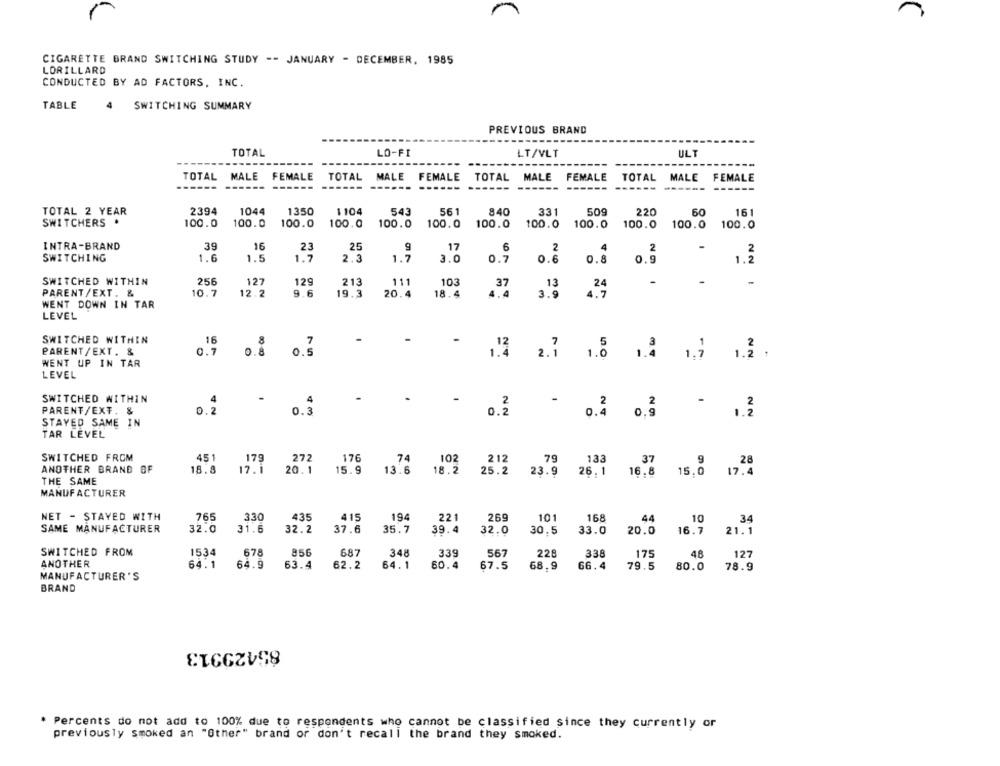
CIGARETTE BRAND SWITCHING STUDY -- JANUARY - DECEMBER. 1985
LORILLARD
CONDUCTED BY AD FACTORS, INC.
TABLE
SWITCHING SUMMARY
PREVIOUS BRAND
TOTAL
LO-FI
LT/VLT
ULT
TOTAL MALE
FEMALE
TOTAL
MALE FEMALE
TOTAL MALE
FEMALE
TOTAL
MALE
FEMALE
---
---
-----
------ ------ ------
------
------
---
TOTAL 2 YEAR
2394
1044
1350
1104
543
561
840
331
509
220
60
161
SWI TCHERS
100.0
100.0
100.0
100.0
100.0
100.0
100.0
100.0
100.0
100.0
100.0
100.0
INTRA-BRAND
39
16
23
25
9
17
6
4
2
2
2
SWITCHING
1.6
1.5
1.7
2.3
1.7
3.0
0.7
0.6
0.8
0.9
1.2
SWITCHED WITHIN
256
127
129
213
111
103
37
13
24
-
.
-
PARENT/EXT. &
10.7
12.2
9.6
19.3
20.4
18.4
4.4
3.9
4.7
WENT DOWN IN TAR
LEVEL
SWITCHED WITHIN
16
PARENT/EXT. &
0.7
0.8
0.5
1.4
2.1
1.8
-
1.7
1.2 :
WENT UP IN TAR
LEVEL
SWITCHED WITHIN
4
2
-
-
PARENT/EXT. &
0.2
42
0.3
0.2
0.4
0.3
1.3
STAYED SAME IN
TAR LEVEL
SWITCHED FROM
451
179
272
176
74
102
212
79
133
37
9
28
ANOTHER BRAND OF
18.8
17.1
20.1
15.9
13.6
18.2
25.2
23.9
26.1
16.8
15.0
17.4
THE SAME
MANUFACTURER
NET - STAYED WITH
765
330
435
415
194
221
269
101
168
44
10
34
SAME MANUFACTURER
32.0
31.6
32.2
37.6
35.7
39.4
32.0
30.5
33.0
20.0
16.7
21.1
SWITCHED FROM
1534
678
856
687
348
339
567
228
338
175
48
127
ANOTHER
64.1
64.9
63.4
62.2
64.1
60.4
67.5
68.9
66.4
79.5
80.0
78.9
MANUFACTURER'S
BRAND
85429313
* Percents do not add to 100% due to respondents who cannot be classified since they currently or
previously smoked an "Other" brand or don't recall the brand they smoked.